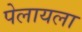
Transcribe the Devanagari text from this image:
पेलायला